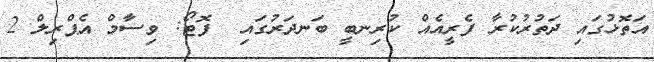
އަތޮޅުގައި ދަތުރުކުރާ ފެރީއެއް ކުރިނބީ ބަނދަރުގައި  ފޮޓޯ: ވިސާމް އެޕްރިލް 2